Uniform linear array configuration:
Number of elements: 16
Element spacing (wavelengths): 0.75
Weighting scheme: hamming
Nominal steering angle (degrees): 45
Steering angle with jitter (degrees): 43.663
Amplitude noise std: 0.05
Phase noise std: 0.05

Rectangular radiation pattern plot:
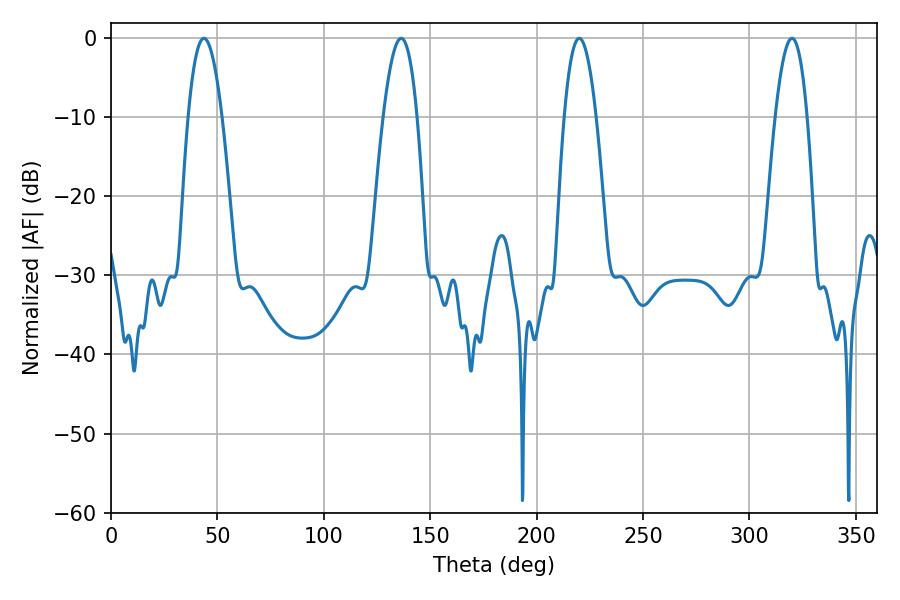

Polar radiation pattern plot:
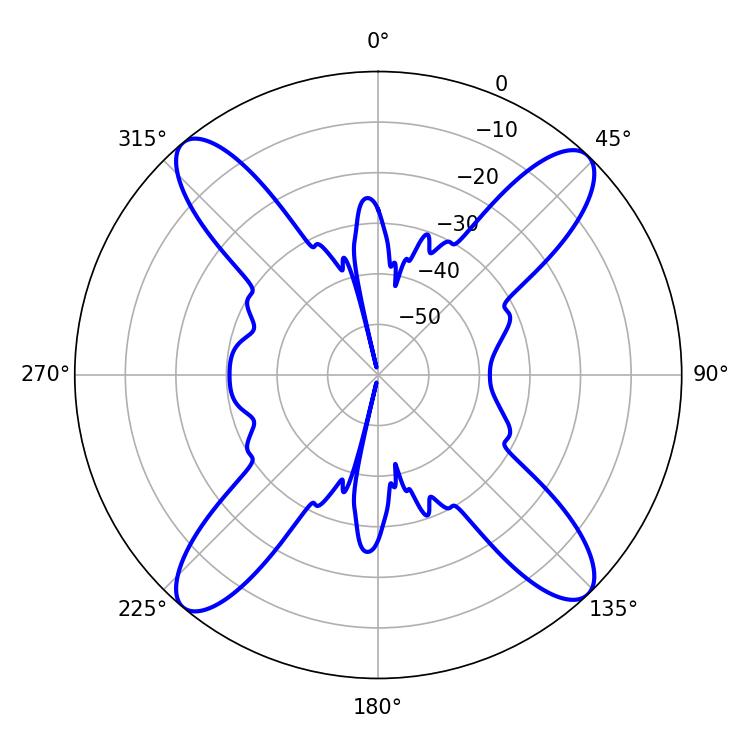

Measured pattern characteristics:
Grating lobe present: TRUE
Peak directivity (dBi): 18.633
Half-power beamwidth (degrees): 8.28
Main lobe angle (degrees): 219.96